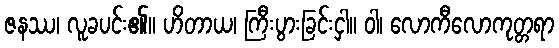
ဇနဿ၊ လူခပင်း၏။ ဟိတာယ၊ ကြီးပွားခြင်းငှါ။ ဝါ၊ လောကီလောကုတ္တရာ